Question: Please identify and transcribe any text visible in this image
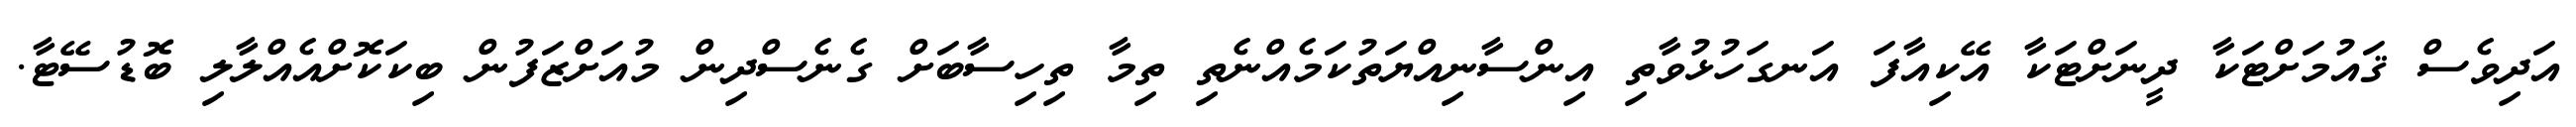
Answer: އަދިވެސް ޤައުމަށްޓަކާ ދީނަށްޓަކާ އޭކިއާފަ އަނގަހުޅުވާތި އިންސާނިއްޔަތުކަމެއްނެތި ތިމާ ތިހިސާބަށް ގެނެސްދިން މުއަށްޒަފުން ބިކަކޮށްއެއްލާލި ބޮޑުސޭޓާ.